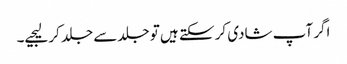
اگر آپ شادی کر سکتے ہیں تو جلد سے جلد کر لیجیے۔